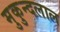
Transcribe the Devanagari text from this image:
मुकुन्दलाल